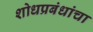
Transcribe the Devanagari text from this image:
शोधप्रबंधांचा